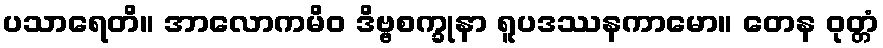
ပသာရေတိ။ အာလောကမိဝ ဒိဗ္ဗစက္ခုနာ ရူပဒဿနကာမော။ တေန ဝုတ္တံ